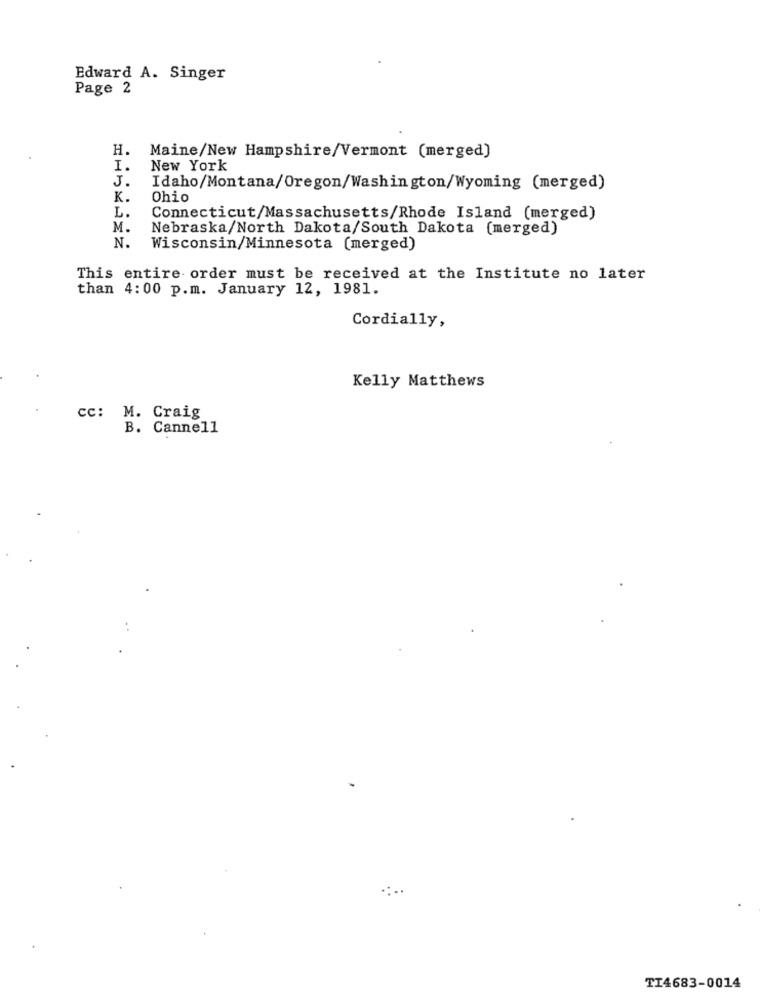
Edward A. Singer
Page 2
H.
Maine/New Hampshire/Vermont (merged]
I.
New York
J.
Idaho/Montana/Oregon/Washington/Wyoming (merged)
K.
Ohio
L.
Connecticut/Massachusetts/Rhode Island (merged)
M.
Nebraska/North Dakota/South Dakota (merged)
N.
Wisconsin/Minnesota (merged)
This entire order must be received at the Institute no later
than 4:00 p.m. January 12, 1981.
Cordially,
Kelly Matthews
cc: M. Craig
B. Cannell
TI4683-0014